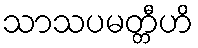
သာသပမတ္တီဟိ